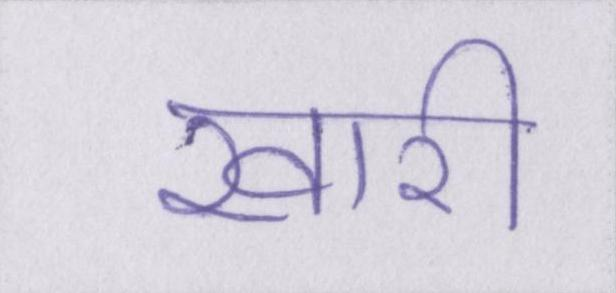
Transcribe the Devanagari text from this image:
खारी